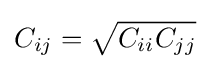
C_{ij}={\sqrt {C_{ii}C_{jj}}}